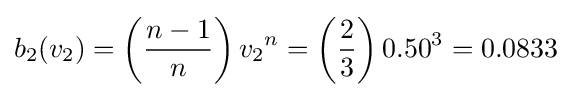
b_{2}(v_{2})=\left({\frac {n-1}{n}}\right){v_{2}}^{n}=\left({\frac {2}{3}}\right){0.50}^{3}=0.0833